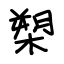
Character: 槊